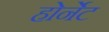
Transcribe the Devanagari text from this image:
होर्नेट